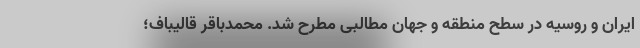
ایران و روسیه در سطح منطقه و جهان مطالبی مطرح شد. محمدباقر قالیباف؛